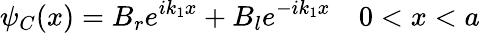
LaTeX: \psi_{C}(x)=B_{r}e^{ik_{1}x}+B_{l}e^{-ik_{1}x}\quad 0<x<a